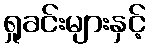
ရှုခင်းများနှင့်